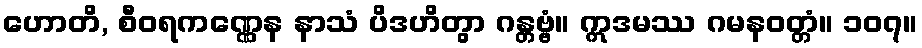
ဟောတိ, စီဝရကဏ္ဏေန နာသံ ပိဒဟိတွာ ဂန္တဗ္ဗံ။ ဣဒမဿ ဂမနဝတ္တံ။ ၁၀၇။